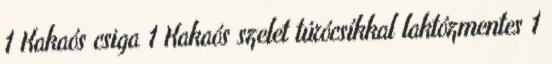
1 Kakaós csiga 1 Kakaós szelet túrócsíkkal laktózmentes 1